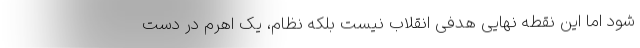
شود اما این نقطه نهایی هدفی انقلاب نیست بلکه نظام، یک اهرم در دست